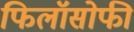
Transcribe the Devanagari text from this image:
फिलॉसोफी